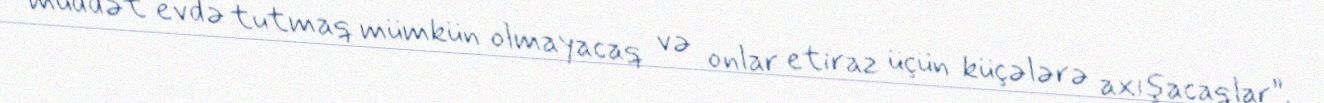
müddət evdə tutmaq mümkün olmayacaq və onlar etiraz üçün küçələrə axışacaqlar”.